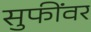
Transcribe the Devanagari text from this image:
सुफींवर